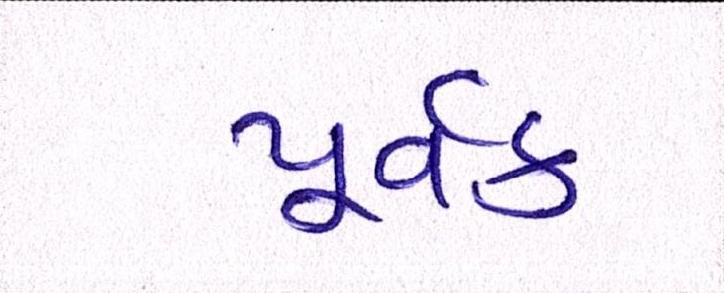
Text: પૂર્વક